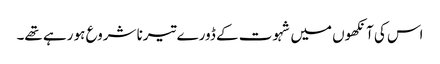
اس کی آنکھوں میں شہوت کے ڈورے تیرنا شروع ہو رہے تھے۔